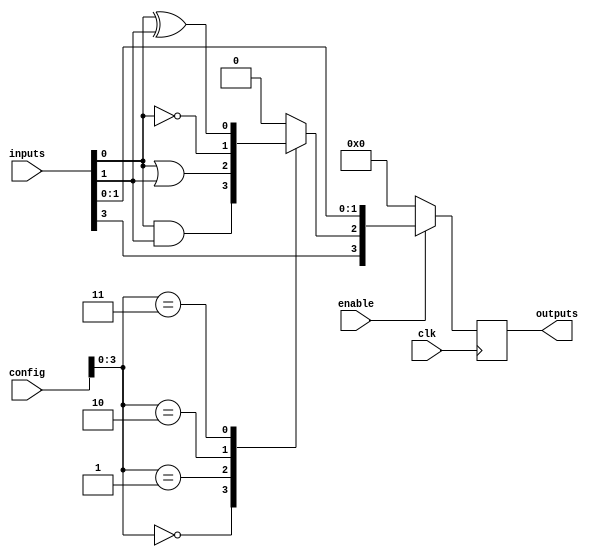
module CLB (
    input wire [N-1:0] inputs,        // Input signals (N inputs)
    input wire [M-1:0] config,        // Configuration signals (M configuration bits)
    input wire enable,                 // Enable signal
    input wire clk,                    // Clock signal (for synchronous operations)
    output reg [P-1:0] outputs         // Output signals (P outputs)
);

parameter N = 8;                     // Number of input signals
parameter M = 16;                    // Number of configuration bits
parameter P = 4;                     // Number of output signals

// Internal signals for logic functions
wire [N-1:0] logic_outputs;
reg [N-1:0] interconnect;

// Logic function implementation based on configuration
always @(*) begin
    if (enable) begin
        case (config[3:0]) // Example configuration selector
            4'b0000: logic_outputs = inputs[0] & inputs[1]; // AND
            4'b0001: logic_outputs = inputs[0] | inputs[1]; // OR
            4'b0010: logic_outputs = ~inputs[0];            // NOT
            4'b0011: logic_outputs = inputs[0] ^ inputs[1]; // XOR
            // Additional cases for more complex functions can be added here
            default: logic_outputs = {N{1'b0}}; // Default case
        endcase
    end else begin
        logic_outputs = {N{1'b0}}; // Output zero if not enabled
    end
end

// Programmable interconnects
always @(*) begin
    // Example interconnect logic (can be programmed)
    interconnect[0] = inputs[0];
    interconnect[1] = inputs[1];
    interconnect[2] = logic_outputs[0]; // Example of connecting logic output to interconnect
    interconnect[3] = inputs[3]; // Direct connection
    // More interconnect assignments can be added as needed
end

// Output assignment
always @(posedge clk) begin
    if (enable) begin
        outputs <= interconnect[P-1:0]; // Output from interconnects
    end else begin
        outputs <= {P{1'b0}}; // Reset outputs if not enabled
    end
end

endmodule